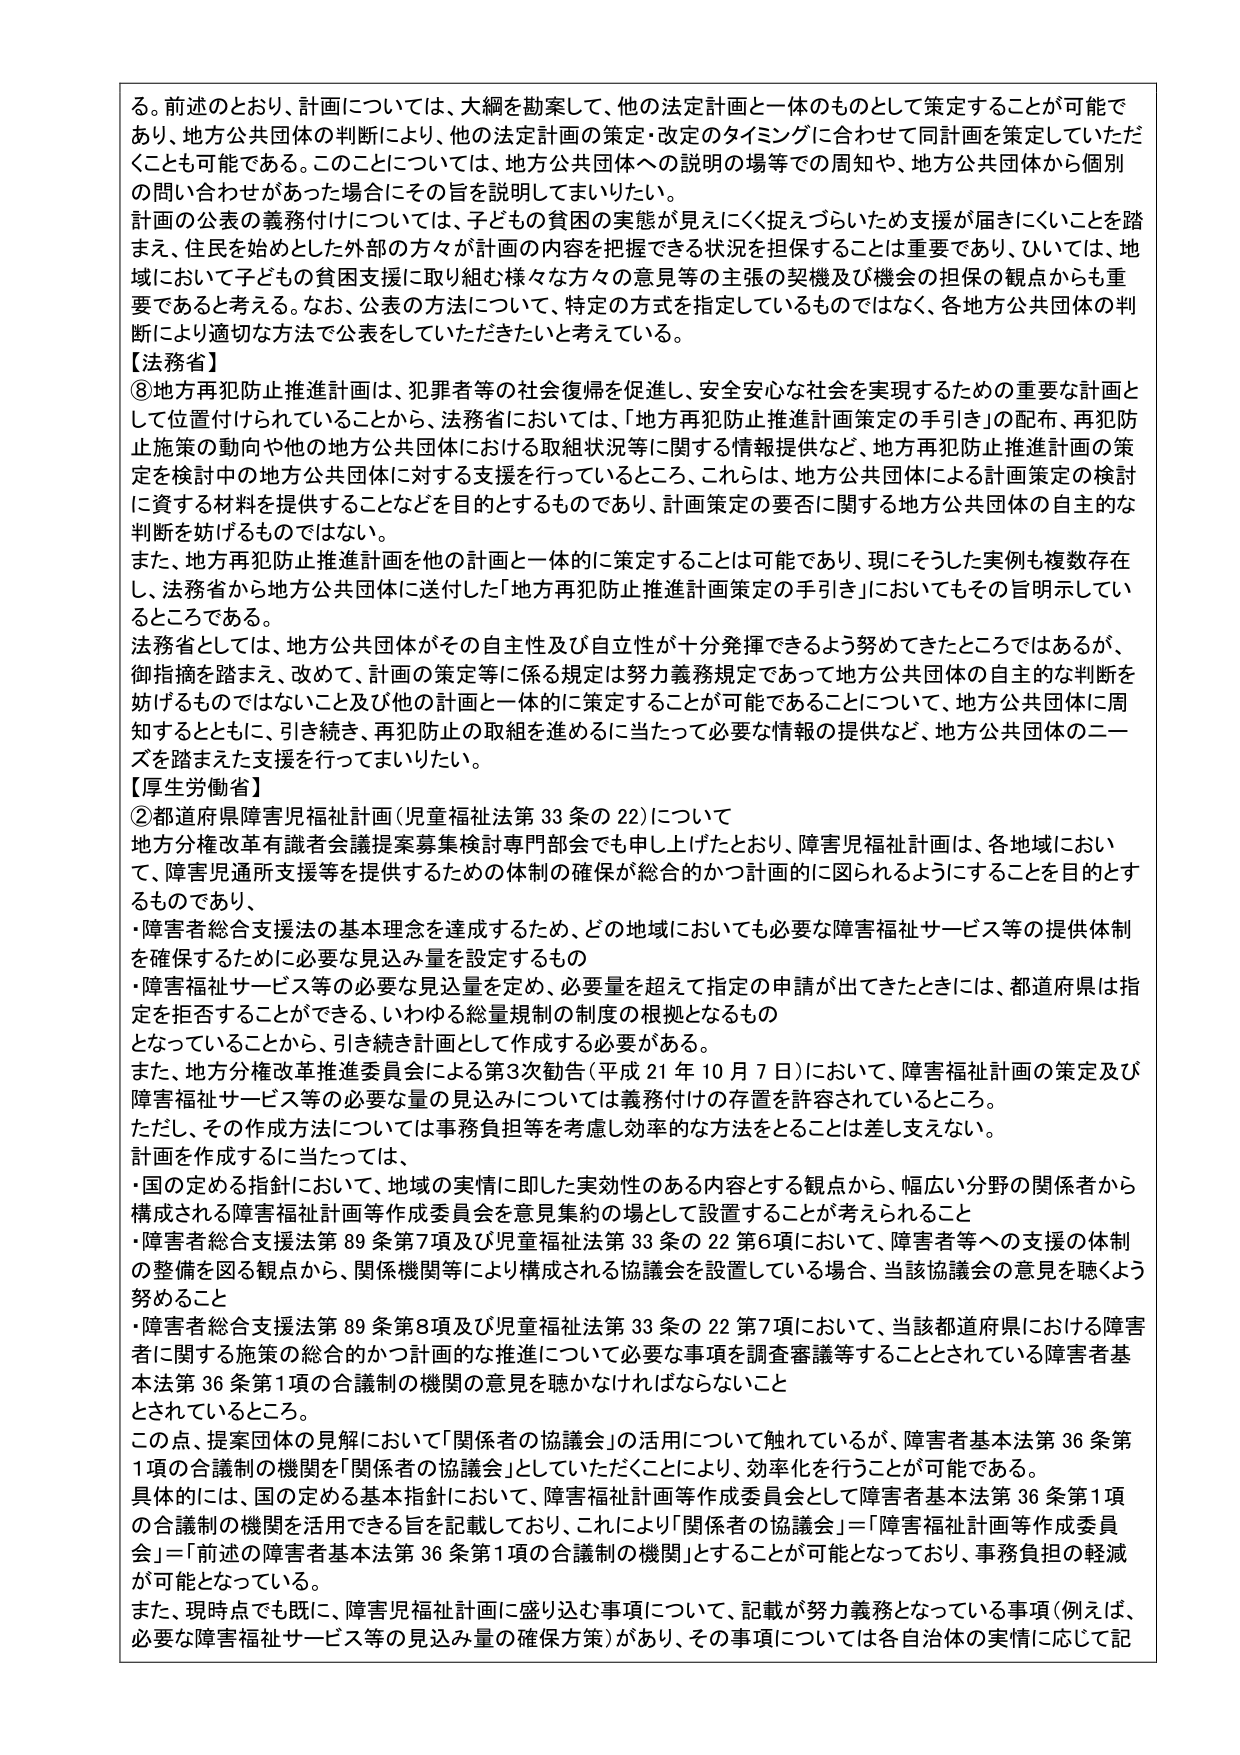
る。前述のとおり、計画については、大綱を勘案して、他の法定計画と一体のものとして策定することが可能であり、地方公共団体の判断により、他の法定計画の策定・改定のタイミングに合わせて同計画を策定していただくことも可能である。このことについては、地方公共団体への説明の場等での周知や、地方公共団体から個別の問い合わせがあった場合にはその旨を説明してまいりたい。

計画の公表の義務付けについては、子どもの貧困の実態が見えにくく捉えづらいため支援が届きにくいことを踏まえ、住民を始めとした外部の方々が計画の内容を把握できる状況を担保することは重要であり、ひいては、地域において子どもの貧困支援に取り組む様々な方々の意見等の主張の契機及び機会の担保の観点からも重要であると考える。なお、公表の方法について、特定の方式を指定しているものではなく、各地方公共団体の判断により適切な方法で公表をしていただきたいと考えている。

【法務省】

⑧地方再犯防止推進計画は、犯罪者等の社会復帰を促進し、安全安心な社会を実現するための重要な計画として位置付けられていることから、法務省においては、「地方再犯防止推進計画策定の手引き」の配布、再犯防止施策の動向や他の地方公共団体における取組状況等に関する情報提供など、地方再犯防止推進計画の策定を検討中の地方公共団体に対する支援を行っているところ、これらは、地方公共団体による計画策定の検討に資する材料を提供することなどを目的とするものであり、計画策定の要否に関する地方公共団体の自主的な判断を妨げるものではない。

また、地方再犯防止推進計画を他の計画と一体的に策定することは可能であり、現にそうした実例も複数存在し、法務省から地方公共団体に送付した「地方再犯防止推進計画策定の手引き」においてもその旨明示しているところである。

法務省としては、地方公共団体がその自主性及び自立性が十分発揮できるよう努めてきたところではあるが、御指摘を踏まえ、改めて、計画の策定等に係る規定は努力義務規定であって地方公共団体の自主的な判断を妨げるものではないこと及び他の計画と一体的に策定することが可能であることについて、地方公共団体に周知するとともに、引き続き、再犯防止の取組を進めるに当たって必要な情報の提供など、地方公共団体のニーズを踏まえた支援を行ってまいりたい。

【厚生労働省】

②都道府県障害児福祉計画（児童福祉法第33条の22）について

地方分権改革有識者会議提案募集検討専門部会でも申し上げたとおり、障害児福祉計画は、各地域において、障害児通所支援等を提供するための体制の確保が総合的かつ計画的に図られるようにすることを目的とするものであり、

・障害者総合支援法の基本理念を達成するため、どの地域においても必要な障害福祉サービス等の提供体制を確保するために必要な見込み量を設定するもの

・障害福祉サービス等の必要な見込量を定め、必要量を超えて指定の申請が出てきたときには、都道府県は指定を拒否することができる、いわゆる総量規制の制度の根拠となるもの

となっていることから、引き続き計画として作成する必要がある。

また、地方分権改革推進委員会による第3次勧告（平成21年10月7日）において、障害福祉計画の策定及び障害福祉サービス等の必要な量の見込みについては義務付けの存置を許容されているところ。

ただし、その作成方法については事務負担等を考慮し効率的な方法をとることは差し支えない。

計画を作成するに当たっては、

・国の定める指針において、地域の実情に即した実効性のある内容とする観点から、幅広い分野の関係者から構成される障害福祉計画等作成委員会を意見集約の場として設置することが考えられること

・障害者総合支援法第89条第7項及び児童福祉法第33条の22第6項において、障害者等への支援の体制の整備を図る観点から、関係機関等により構成される協議会を設置している場合、当該協議会の意見を聴くよう努めること

・障害者総合支援法第89条第8項及び児童福祉法第33条の22第7項において、当該都道府県における障害者に関する施策の総合的かつ計画的な推進について必要な事項を調査審議等することとされている障害者基本法第36条第1項の合議制の機関の意見を聴かなければならないこと

とされているところ。

この点、提案団体の見解において「関係者の協議会」の活用について触れられているが、障害者基本法第36条第1項の合議制の機関を「関係者の協議会」としていただくことにより、効率化を行うことが可能である。

具体的には、国の定める基本指針において、障害福祉計画等作成委員会として障害者基本法第36条第1項の合議制の機関を活用できる旨を記載しており、これにより「関係者の協議会」＝「障害福祉計画等作成委員会」＝「前述の障害者基本法第36条第1項の合議制の機関」とすることが可能となっており、事務負担の軽減が可能となっている。

また、現時点でも既に、障害児福祉計画に盛り込む事項について、記載が努力義務となっている事項（例えば、必要な障害福祉サービス等の見込み量の確保方策）があり、その事項については各自治体の実情に応じて記